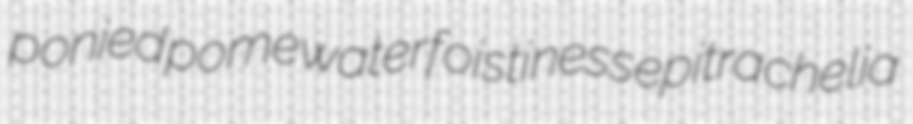
ponied pomewater foistiness epitrachelia